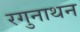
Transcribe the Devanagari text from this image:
रगुनाथन